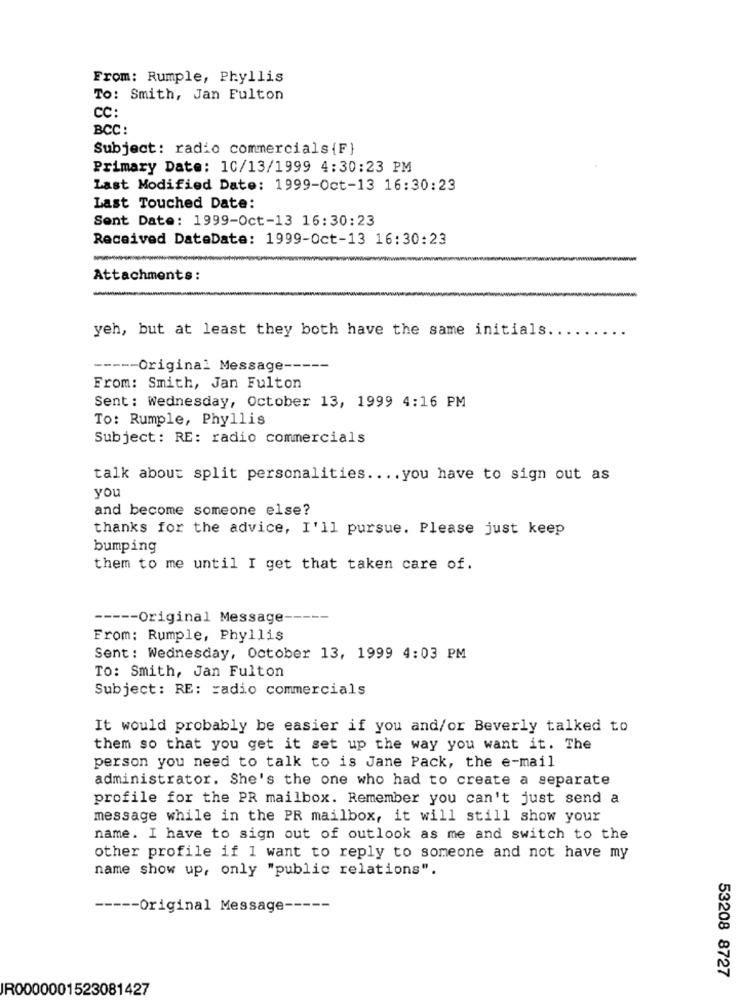
From: Rumple, Phyllis
To: Smith, Jan Fulton
CC:
BCC:
Subject: radio commercials {F}
Primary Date: 10/13/1999 4:30:23 PM
Last Modified Date: 1999-Oct-13 16:30:23
Last Touched Date:
Sent Date: 1999-Oct-13 16:30:23
Received DateDate: 1999-Oct-13 16:30:23
Attachments:
yeh, but at least they both have the same initials.
----- Original Message -----
From: Smith, Jan Fulton
Sent: Wednesday, October 13, 1999 4:16 PM
To: Rumple, Phyllis
Subject: RE: radio commercials
talk about split personalities .... you have to sign out as
you
and become someone else?
thanks for the advice, I'll pursue. Please just keep
bumping
them to me until I get that taken care of.
----- Original Message -----
From: Rumple, Phyllis
Sent: Wednesday, October 13, 1999 4:03 PM
TO: Smith, Jan Fulton
Subject: RE: radio commercials
It would probably be easier if you and/or Beverly talked to
them so that you get it set up the way you want it. The
person you need to talk to is Jane Pack, the e-mail
administrator. She's the one who had to create a separate
profile for the PR mailbox. Remember you can't just send a
message while in the PR mailbox, it will still show your
name. I have to sign out of outlook as me and switch to the
other profile if I want to reply to someone and not have my
name show up, only "public relations".
----- Original Message -----
53208 8727
IR0000001523081427